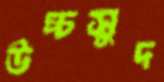
উচ্চসুদ